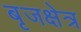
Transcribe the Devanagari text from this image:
बृजक्षेत्र